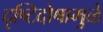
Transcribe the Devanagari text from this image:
दृष्टिदोषामुळे